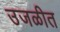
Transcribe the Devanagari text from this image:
उजळीत